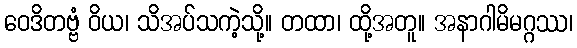
ဝေဒိတဗ္ဗံ ဝိယ၊ သိအပ်သကဲ့သို့။ တထာ၊ ထို့အတူ။ အနာဂါမိမဂ္ဂဿ၊